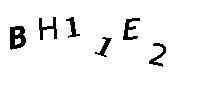
BH11E2